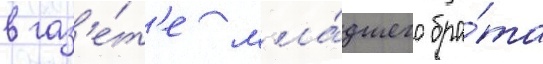
в газ'е́т'е мла́дшего бра́та